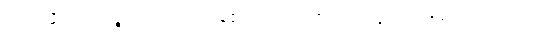
အခါသိမ်း။ ဘုဉ္ဇရေ၊ စားရကုန်၏။ မဟာရဇ၊ မင်းမြတ်။ ကိဗ္ဗိသကာရကံ၊